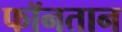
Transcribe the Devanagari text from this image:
फॉनतान